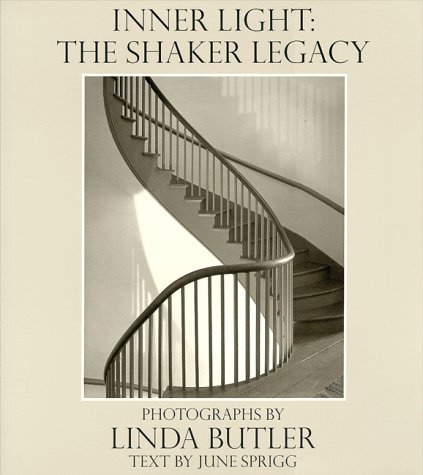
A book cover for Inner Light: The Shaker Legacy; Linda Butler; Christian Books & Bibles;